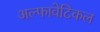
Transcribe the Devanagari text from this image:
अल्फावेटिकल